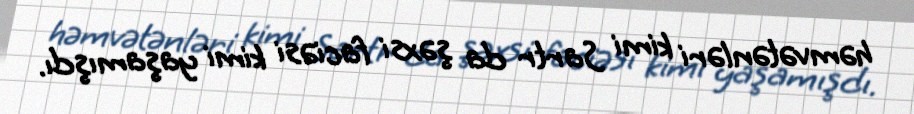
həmvətənləri kimi Sartr da şəxsi faciəsi kimi yaşamışdı.